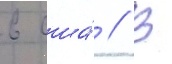
в сша́ // В